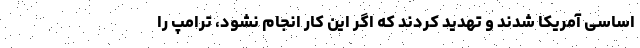
اساسی آمریکا شدند و تهدید کردند که اگر این کار انجام نشود، ترامپ را